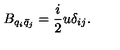
B _ { q _ { i } \bar { q } _ { j } } = \frac { i } { 2 } u \delta _ { i j } .